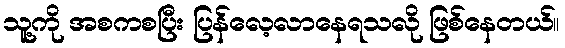
သူ့ကို အစကစပြီး ပြန်လေ့လာနေရသလို ဖြစ်နေတယ်။